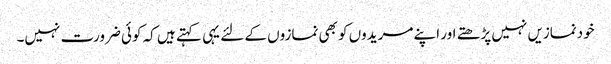
خودنمازیں نہیں پڑھتے اور اپنے مریدوں کو بھی نمازوں کے لئے یہی کہتے ہیں کہ کوئی ضرورت نہیں۔